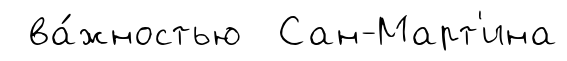
ва́жностью Сан-Март'ина